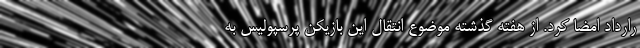
رارداد امضا کرد. از هفته گذشته موضوع انتقال این بازیکن پرسپولیس به